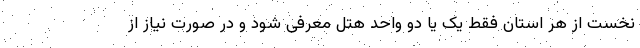
نخست از هر استان فقط یک یا دو واحد هتل معرفی شود و در صورت نیاز از